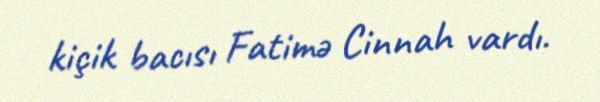
kiçik bacısı Fatimə Cinnah vardı.